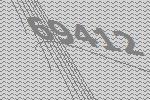
69412